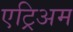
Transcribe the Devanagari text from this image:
एट्रिअम